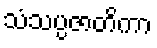
သံသပ္ပဇာတိကာ